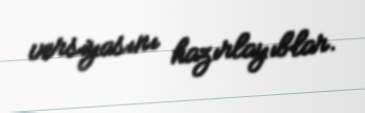
versiyasını hazırlayıblar.